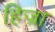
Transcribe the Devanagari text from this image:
हिज्रा